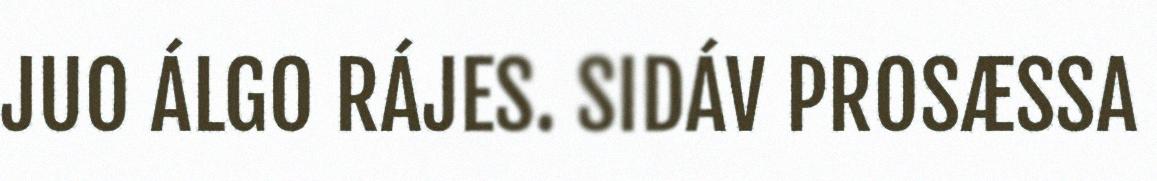
JUO ÁLGO RÁJES. SIDÁV PROSÆSSA